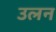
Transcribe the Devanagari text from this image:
उलन